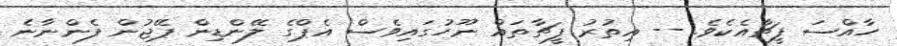
ހާއްސަ ފީޗާއެކެވެ. -- އިތުރު ފީޗާތައް ނޫހުގައިވެސް އެޕްގެ ލޭންޑިން ޕޭޖުން ފެންނާނެ